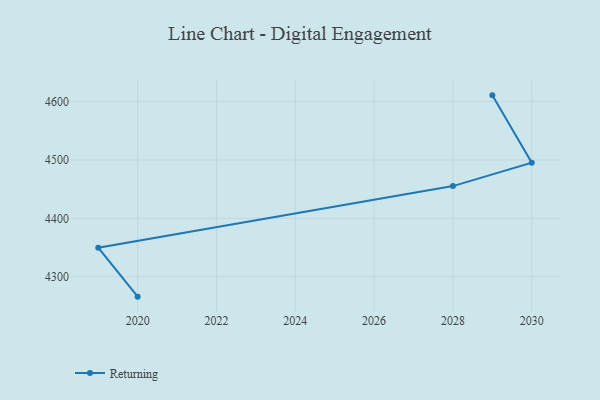
{"axis": {"x": "Year", "y": "Conversion Rate (%)"}, "legend": ["Returning"], "data": [{"x": "2020", "y": 4265.7, "type": "Returning"}, {"x": "2019", "y": 4349.7, "type": "Returning"}, {"x": "2028", "y": 4455.2, "type": "Returning"}, {"x": "2030", "y": 4495.4, "type": "Returning"}, {"x": "2029", "y": 4610.8, "type": "Returning"}]}